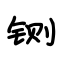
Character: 铡